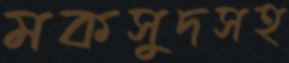
মকসুদসহ